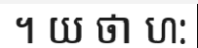
។ យ ថា ហ: